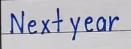
Next year